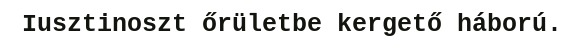
Iusztinoszt őrületbe kergető háború.